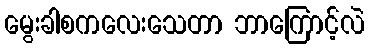
မွေးခါစကလေးသေတာ ဘာကြောင့်လဲ